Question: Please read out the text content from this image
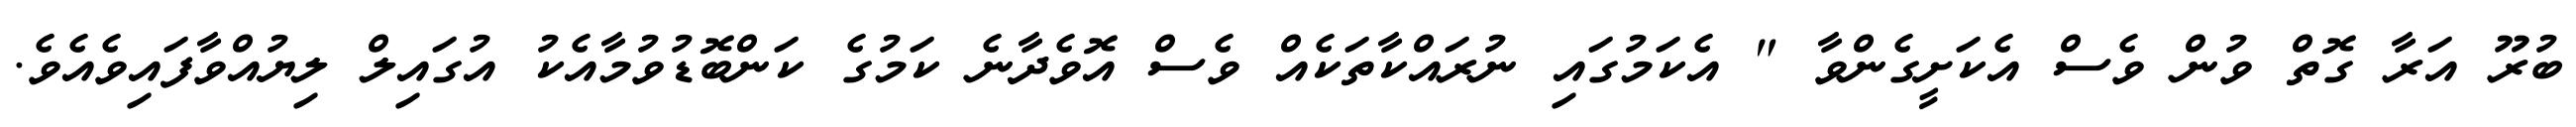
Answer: ބުރޫ އަރާ ގޮތް ވުން ވެސް އެކަށީގެންވާ " އެކަމުގައި ނުރައްކާތަކެއް ވެސް އޮވެދާނެ ކަމުގެ ކަންބޮޑުވުމާއެކު އުގައިލް ލިޔުއްވާފައިވެއެވެ.